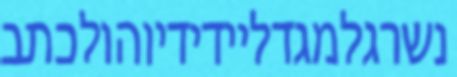
נשרגלמגדליידידיוהולכתב